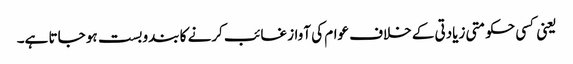
یعنی کسی حکومتی زیادتی کے خلاف عوام کی آواز غائب کرنے کا بندوبست ہو جاتا ہے۔